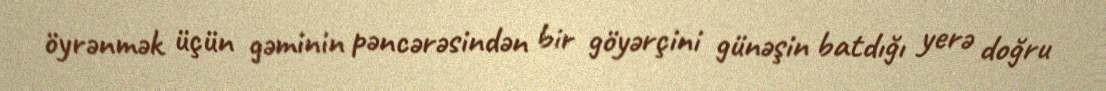
öyrənmək üçün gəminin pəncərəsindən bir göyərçini günəşin batdığı yerə doğru